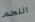
النجم